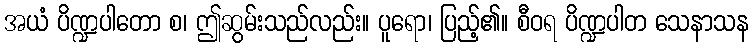
အယံ ပိဏ္ဍပါတော စ၊ ဤဆွမ်းသည်လည်း။ ပူရော၊ ပြည့်၏။ စီဝရ ပိဏ္ဍပါတ သေနာသန